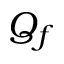
Q _ { f }